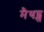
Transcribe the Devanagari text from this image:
मैथड्स